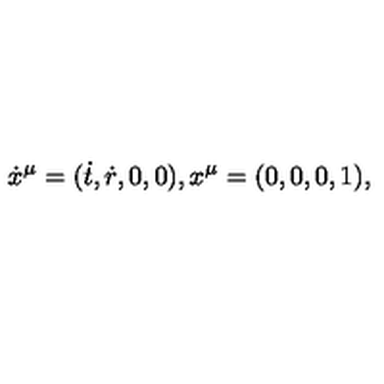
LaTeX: \dot { x } ^ { \mu } = ( \dot { t } , \dot { r } , 0 , 0 ) , x ^ { \mu } = ( 0 , 0 , 0 , 1 ) ,